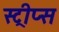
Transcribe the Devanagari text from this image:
स्ट्रीप्स